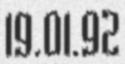
19.01.92